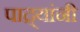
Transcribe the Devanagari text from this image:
पाद्र्यांनी